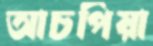
আচপিয়া